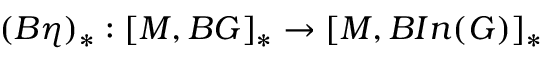
( B \eta ) _ { \ast } : [ M , B G ] _ { \ast } \rightarrow [ M , B I n ( G ) ] _ { \ast }